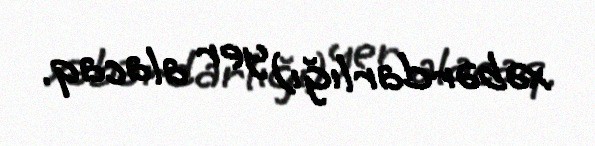
xəbərdarlığı) yer alacaq.